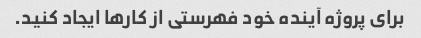
برای پروژه آینده خود فهرستی از کارها ایجاد کنید.